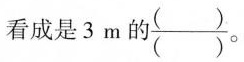
看成是3m的\frac{( )}{( )}。